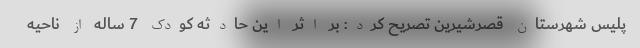
پلیس شهرستان قصرشیرین تصریح کرد: بر اثر این حادثه کودک 7 ساله از ناحیه